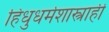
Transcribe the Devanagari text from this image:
हिंधुधर्मशास्त्राही